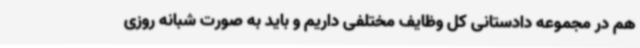
هم در مجموعه دادستانی کل وظایف مختلفی داریم و باید به صورت شبانه روزی